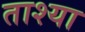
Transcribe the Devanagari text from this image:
ताश्या